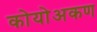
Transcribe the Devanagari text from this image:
कोयोअकण